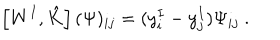
\left[ W ^ { I } , \hat { K } \right] ( \Psi ) _ { i j } = ( y _ { i } ^ { I } - y _ { j } ^ { I } ) \Psi _ { i j } \ .